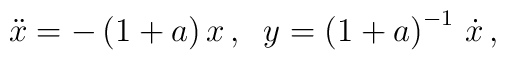
\ddot{x}=-\left( 1+a\right) x\,,\;\;y=\left( 1+a\right) ^{-1}\,\dot{x}\,,